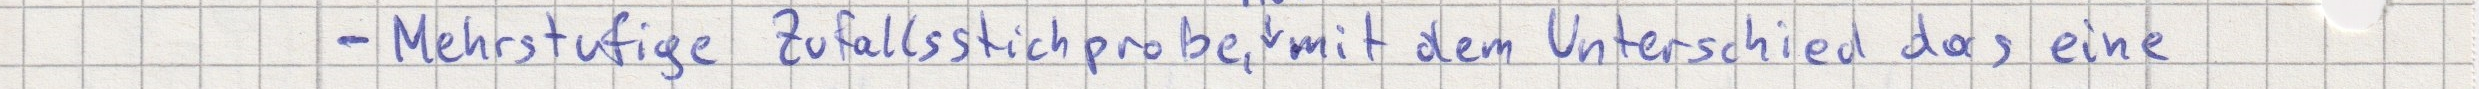
- Mehrstufige Zufallsstichprobe, mit dem Unterschied das eine